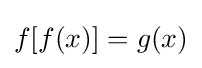
f[f(x)]=g(x)